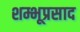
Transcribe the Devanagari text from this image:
शम्भूप्रसाद